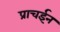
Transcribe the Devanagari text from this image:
प्राचईन